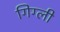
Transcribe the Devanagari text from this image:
गिग्ली